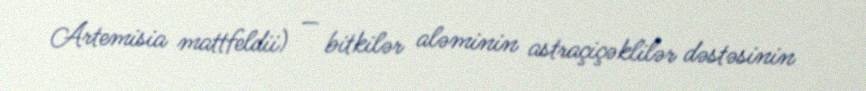
Artemisia mattfeldii) — bitkilər aləminin astraçiçəklilər dəstəsinin